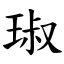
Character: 琡